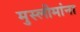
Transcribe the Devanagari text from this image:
मुस्लीमांना